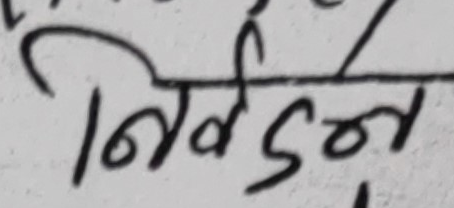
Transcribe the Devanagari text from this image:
निवेदन